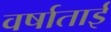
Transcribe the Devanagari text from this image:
वर्षाताई